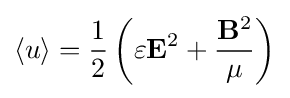
\langle u\rangle ={\frac {1}{2}}\left(\varepsilon \mathbf {E} ^{2}+{\mathbf {B} ^{2} \over \mu }\right)\,\!